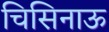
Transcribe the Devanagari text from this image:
चिसिनाऊ